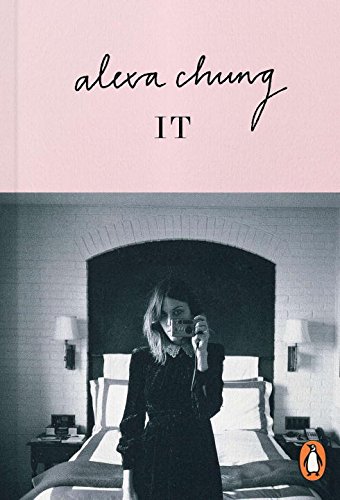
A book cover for It; Alexa Chung; Humor & Entertainment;